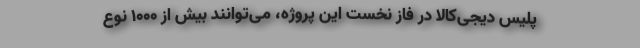
‌پِلِیس دیجی‌کالا در فاز نخست این پروژه، می‌توانند بیش از ۱۰۰۰ نوع